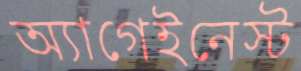
অ্যাগেইনেস্ট